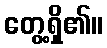
တွေ့ရှိ၏။